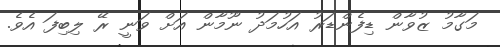
މަގާމު ޒުވާން ޑިފެންޑަރު އަހުމަދު ނޫމާން އަށް ވަނީ ރޭ ލިބިފަ އެވެ.